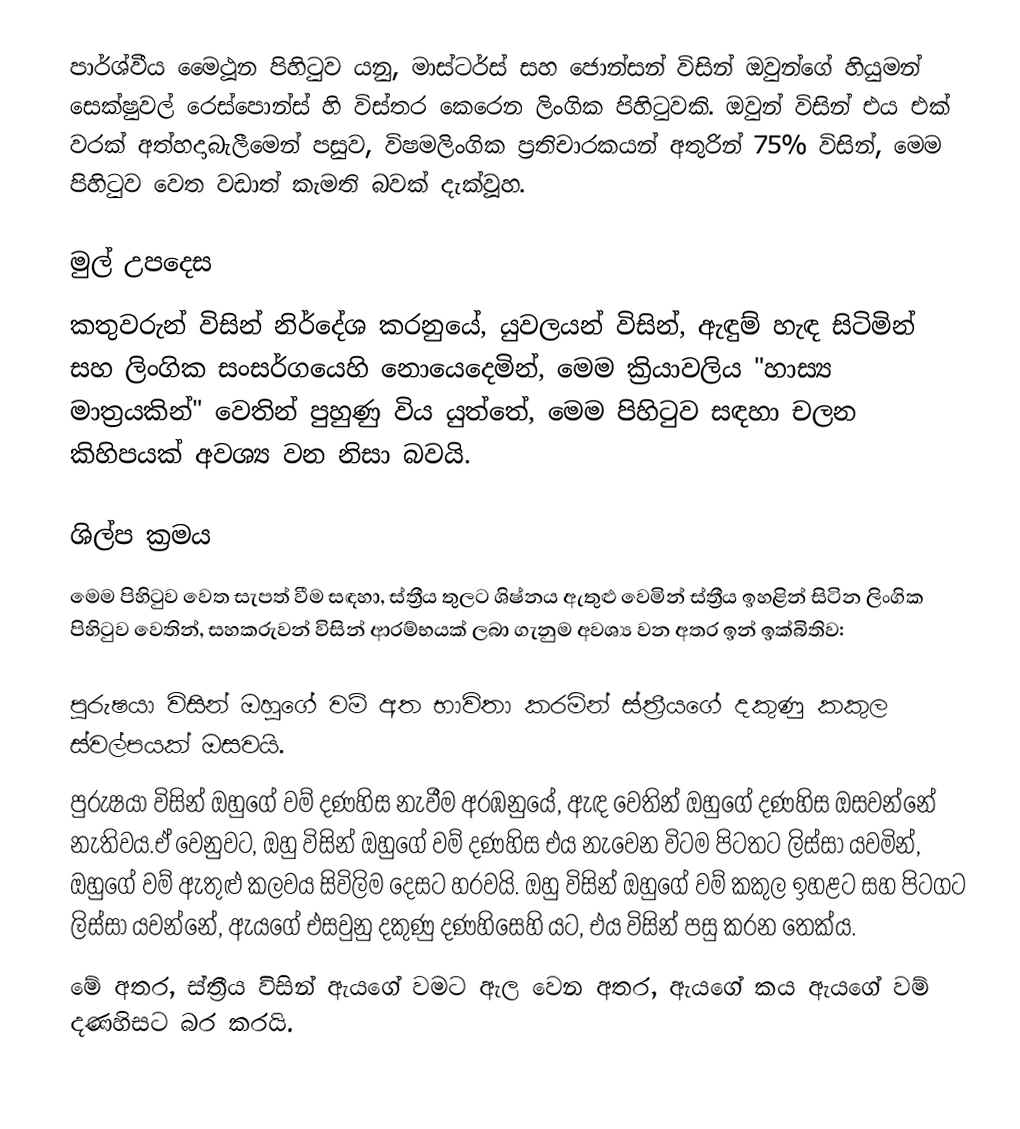
පාර්ශ්වීය මෛථූන පිහිටුව යනු,  මාස්ටර්ස් සහ ජොන්සන් විසින් ඔවුන්ගේ හියුමන් සෙක්ෂුවල් රෙස්පොන්ස් හි විස්තර කෙරෙන ලිංගික පිහිටුවකි.  ඔවුන් විසින් එය එක් වරක් අත්හදාබැලීමෙන් පසුව,  විෂමලිංගික ප්‍රතිචාරකයන්  අතුරින් 75% විසින්, මෙම පිහිටුව වෙත වඩාත් කැමති බවක් දැක්වූහ.

මුල් උපදෙස
කතුවරුන් විසින් නිර්දේශ කරනුයේ,  යුවලයන් විසින්, ඇඳුම් හැඳ සිටිමින් සහ ලිංගික සංසර්ගයෙහි නොයෙදෙමින්,  මෙම ක්‍රියාවලිය "හාස්‍ය මාත්‍රයකින්" වෙතින්  පුහුණු විය යුත්තේ, මෙම පිහිටුව සඳහා චලන කිහිපයක් අවශ්‍ය වන නිසා බවයි.

ශිල්ප ක්‍රමය
මෙම පිහිටුව වෙත සැපත් වීම සඳහා, ස්ත්‍රීය තුලට ශිෂ්නය ඇතුළු වෙමින්   ස්ත්‍රීය ඉහළින් සිටින ලිංගික පිහිටුව වෙතින්,   සහකරුවන් විසින් ආරම්භයක් ලබා ගැනුම අවශ්‍ය වන අතර ඉන් ඉක්බිතිව:

 පුරුෂයා විසින් ඔහුගේ වම් අත භාවිතා කරමින්  ස්ත්‍රීයගේ දකුණු කකුල ස්වල්පයක් ඔසවයි.
 පුරුෂයා විසින් ඔහුගේ වම් දණහිස නැවීම අරඹනුයේ, ඇඳ වෙතින් ඔහුගේ දණහිස ඔසවන්නේ   නැතිවය.ඒ වෙනුවට, ඔහු විසින් ඔහුගේ වම් දණහිස එය නැවෙන විටම පිටතට ලිස්සා යවමින්, ඔහුගේ වම් ඇතුළු කලවය සිවිලිම දෙසට හරවයි. ඔහු විසින් ඔහුගේ වම් කකුල ඉහළට සහ පිටගට ලිස්සා යවන්නේ, ඇයගේ එසවුනු දකුණු දණහිසෙහි යට, එය විසින් පසු කරන තෙක්ය.
 මේ අතර, ස්ත්‍රීය විසින්  ඇයගේ වමට ඇල වෙන අතර, ඇයගේ  කය ඇයගේ වම් දණහිසට බර කරයි.